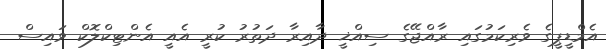
އެމްޑީޕީގެ ވެރިކަމުގައި ރާއްޖޭގެ ސިއްޚީ ދާއިރާ ދަތުރު ކުރީ އެއީ އެންޓިކްލޮކް ވައިސް